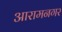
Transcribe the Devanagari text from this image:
आरामनगर